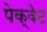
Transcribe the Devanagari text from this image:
पेक्वेट